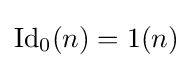
\operatorname {Id} _{0}(n)=1(n)